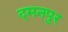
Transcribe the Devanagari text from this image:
दमनपुर